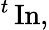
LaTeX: {}^{t}\operatorname{In},